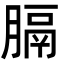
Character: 膈